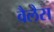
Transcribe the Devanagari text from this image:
वैलैस